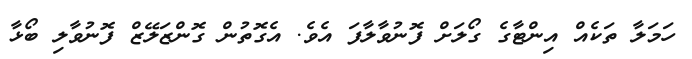
ހަމަލާ ތަކެއް އިންޓާގެ ގޯލަށް ފޮނުވާލާފަ އެވެ. އެގޮތުން ގޮންޒަލޭޒް ފޮނުވާލި ބޯޅާ